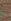
لم